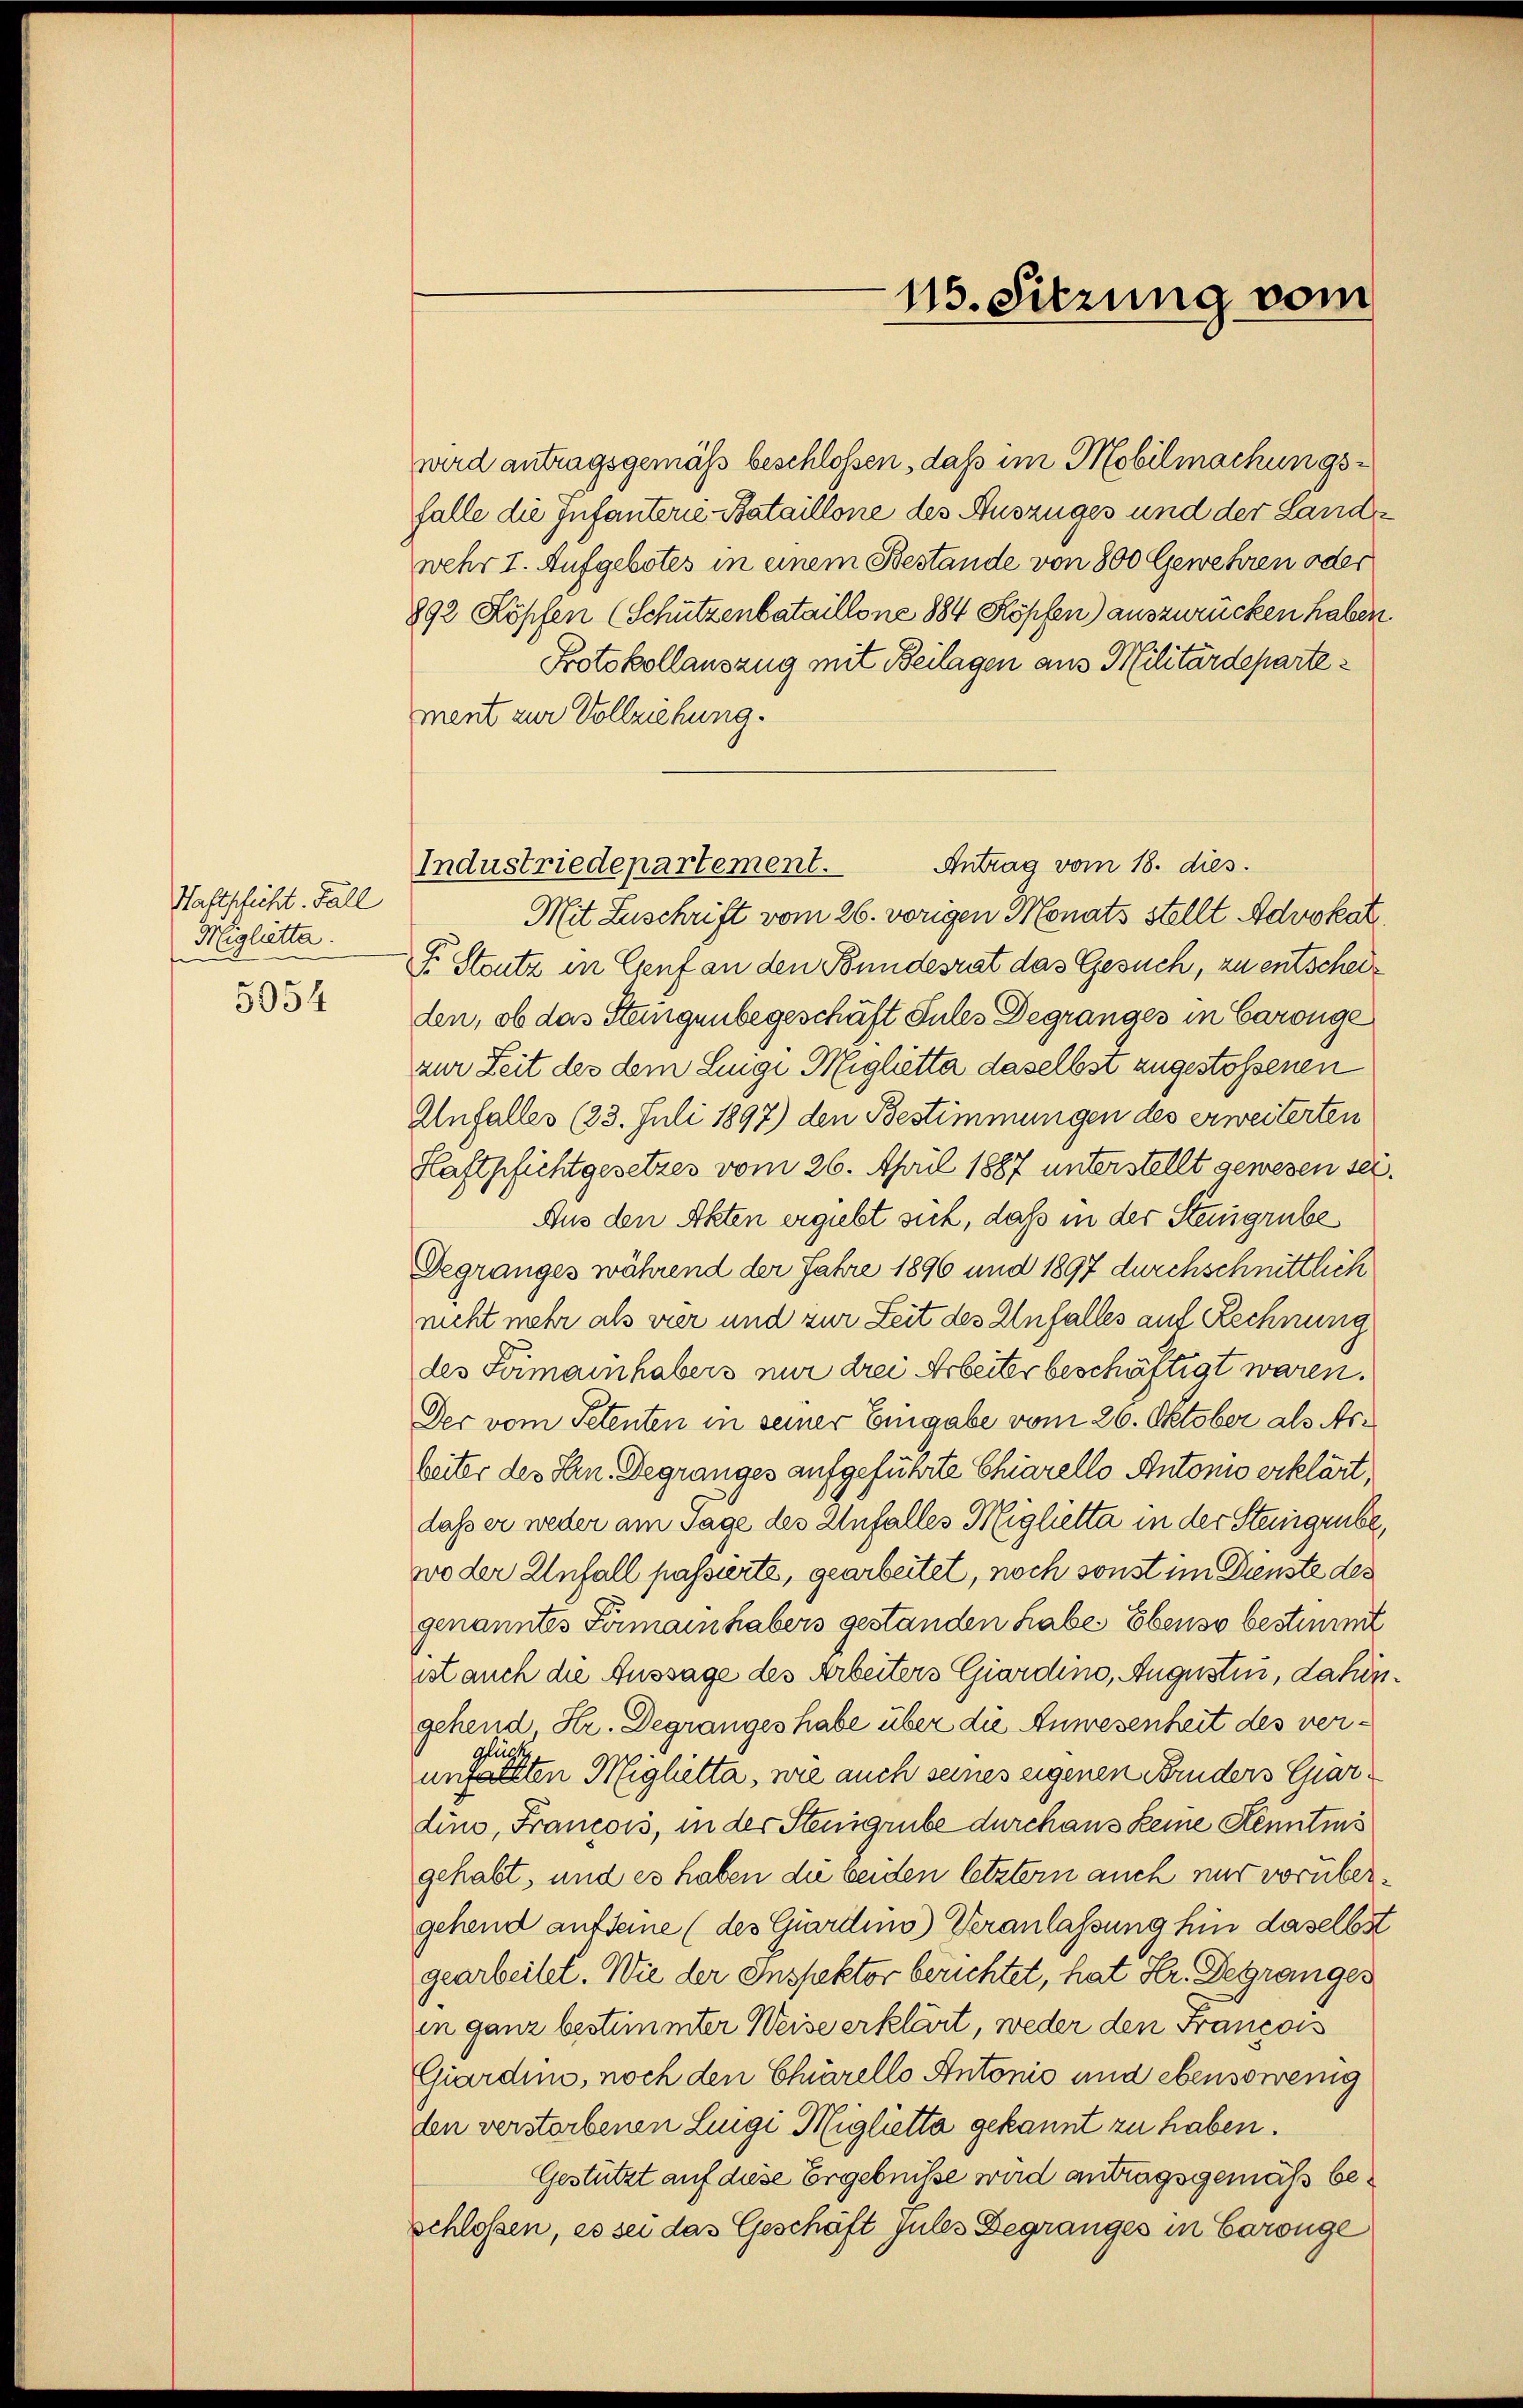
Haftschicht. Fall
Miglietta.
5954

wird antragsgemäß beschlossen, daß im Mobilmachungsfalle die Infanterie-Bataillone des Auszuges und der Landwehr 7. Aufgebotes in einem Bestände von 800 Gewehren oder
892 Köpfen (Schützenbataillone 884 Köpfen) auszurücken haben.
Protokollauszug mit Beilagen aus Militärdeparte
ment zur Vollziehung.
Antrag vom 18. dies
Mit Zuschrift vom 26. vorigen Monats stellt Advokat
 Steutz in Genf an den Bundesrat das Gesuch, zu entscheiden, ob das Steingenbegeschäft Sules Degranges in Caronge
zur Zeit des dem Lingi Migletta daselbst zugestossenen
Unfall(...)(23. Juli 1897) den Bestimmungen des erweiterten
Haftpfichtgesetzes vom 26. April 1887 unterstellt gewesen sei.
Aus den Akten ergiebt sich, daß in der Stengrube
Degranges während der Jahre 1896 und 1897 durchschnittlich
nicht mehr als vier und zur Zeit des Unfalles auf Rechnung
des Semainhabers nur drei Arbeiter beschäftigt waren.
Der vom Petenten in seiner Eingabe vom 26. Oktober als Asbeiter des Hrn. Degranges aufgeführte Chiarello Antonis erklärt,
dass er weder am Tage des Unfalles Miglietta in der Steingrube,
wo der Unfall passierte, gearbeitet, noch sonst im Dienste des
genanntes Firmain habers gestanden habe. Ebenso bestimmt
ist auch die Aussage des Arbeiters Giardino, Augustin, dafürgehend Hr. Degranges habe über die Anwesenheit des verunhalten Migletta, wie auch seines eigenen Bruders Gardino, Francois, in der Stengrube durchaus keine Kenntnis
gehabt, und es haben die beiden letztern auch nur vorübergehend auf seine (des Giardino) Veranlassung hin daselbst
gearbeitet. Wie der Inspektor berichtet, hat Hr. Degranges
in ganz bestimmter Weise erklärt, weder den Francois
Giardino, noch den Charello Antonis und ebensowenig
den verstorbenen Luigi Miglietta gekannt zu haben.
Gestützt auf diese Ergebnisse wird antragsgemäß beschlossen, es sei das Geschäft Jules Begranges in Coronge

Industriedepartement.

115. Sitzung vom